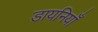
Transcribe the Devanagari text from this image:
डायनियाँ